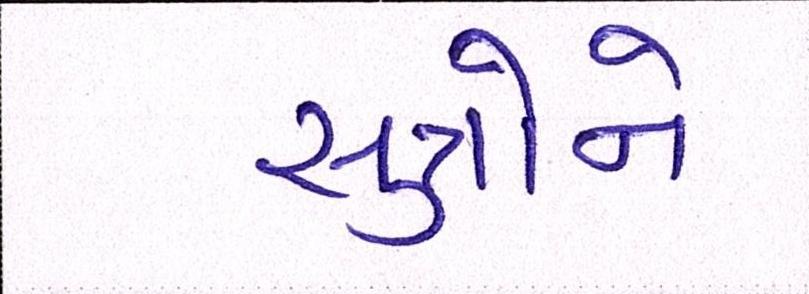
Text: સુત્રોને